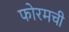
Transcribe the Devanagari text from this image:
फोरमची